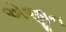
એજીન